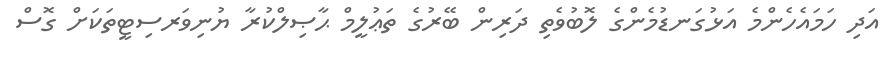
އަދި ހަމައެހެންމެ އަޅުގަނޑުމެންގެ ލޮބުވެތި ދަރިން ބޭރުގެ ތަޢުލީމް ޙާޞިލްކުރާ ޔުނިވަރސިޓީތަކަށް ގޮސް